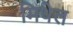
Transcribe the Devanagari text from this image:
मिथेल